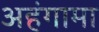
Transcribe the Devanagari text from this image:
अहंगामा